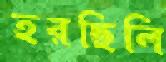
হরছিলি